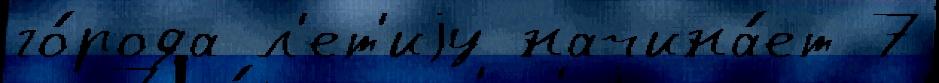
го́рода л'ет'иjу начина́ет 7